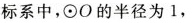
标系中，\odot O的半径为1，